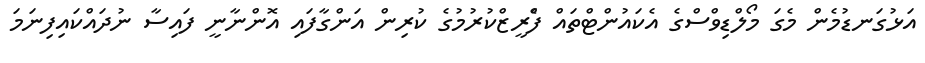
އަޅުގަނޑުމެން މެގަ މޯލްޑިވްސްގެ އެކައުންޓްތައް ފްެރީޒްކުރުމުގެ ކުރިން އަންގާފައި އޮންނާނީ ފައިސާ ނުދައްކައިފިނަމަ